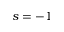
s = - 1